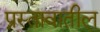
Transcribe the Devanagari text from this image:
प्रस्तावातील